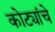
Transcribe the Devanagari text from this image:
कोट्यांचे